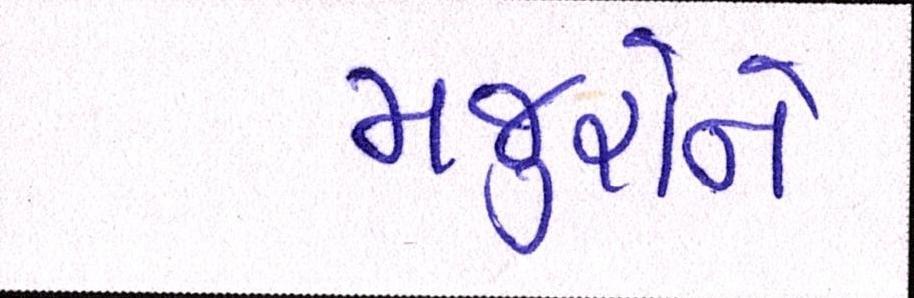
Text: મજુરોને